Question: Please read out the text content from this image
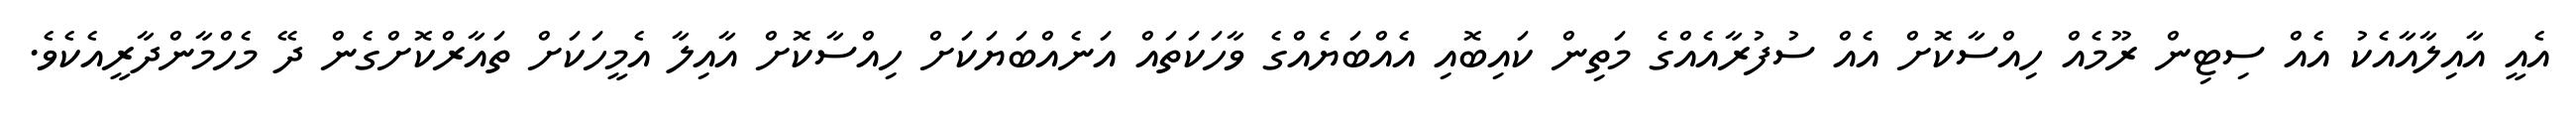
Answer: އެއީ އާއިލާއާއެކު އެއް ސިޓިން ރޫމެއް ހިއްސާކޮށް އެއް ސުފުރާއެއްގެ މަތިން ކައިބޮއި އެއްބަޔެއްގެ ވާހަކަތައް އަނެއްބަޔަކަށް ހިއްސާކޮށް އާއިލާ އެމީހަކަށް ތައާރްކޮށްގެން ދޭ މެހްމާންދާރީއެކެވެ.